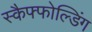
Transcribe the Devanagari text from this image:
स्कैफ्फोल्डिंग